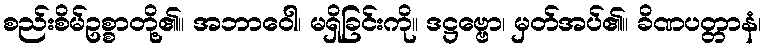
စည်းစိမ်ဥစ္စာတို့၏။ အဘာဝေါ၊ မရှိခြင်းကို။ ဒဋ္ဌဗ္ဗော၊ မှတ်အပ်၏။ ခိဏပတ္တာနံ၊